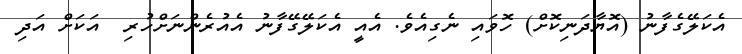
އެކަލޭގެފާނު (އޮޔާދަނިކޮށް) ހޮވައި ނެގިއެވެ. އެއީ އެކަލޭގޭފާނު އެއުރެންނަށްހުރި  އަކަށް އަދި